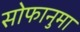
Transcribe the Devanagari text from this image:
सोफानुमा